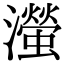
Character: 㶈